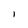
Character: l